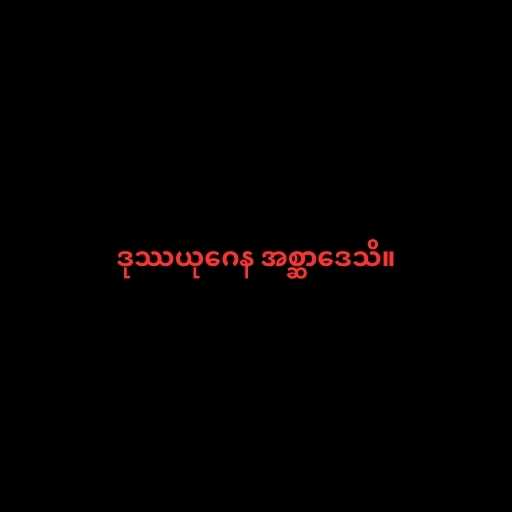
ဒုဿယုဂေန အစ္ဆာဒေသိ။